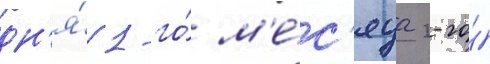
дн'я́ 1-го́ м'е́с'яца 2-го́